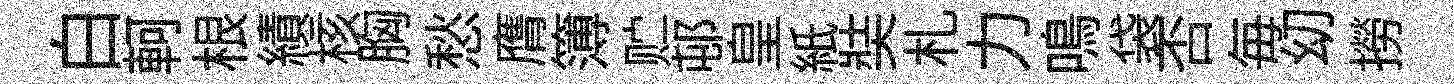
白軻根績核胸愁膺簿贮邨皇紙奘札力鳴袋否毎㓜撈